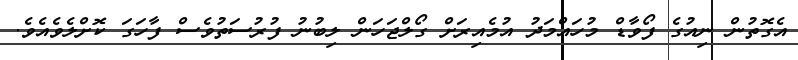
އެގޮތުން ނިއުގެ ފޯވާޑް މުހައްމަދު އުމެއިރަށް ގޯލްޖަހަން ލިބުނު ފުރުސަތުވެސް ފާހަގަ ކޮށްލެވެއެވެ.